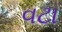
વટા